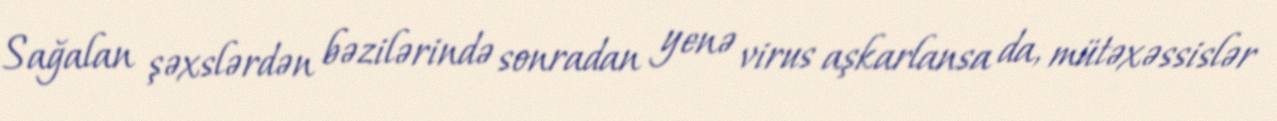
Sağalan şəxslərdən bəzilərində sonradan yenə virus aşkarlansa da, mütəxəssislər